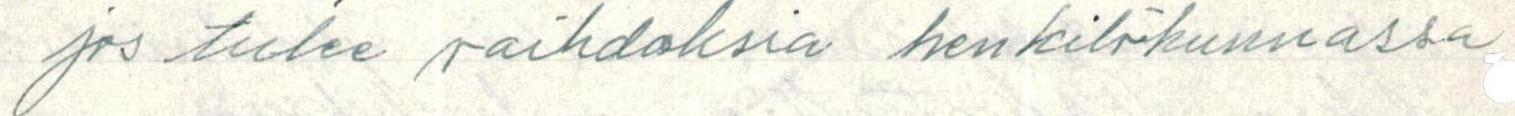
jos tulee vaihdoksia henkilökunnassa